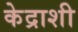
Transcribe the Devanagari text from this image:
केद्राशी